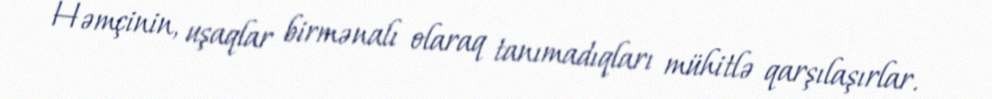
Həmçinin, uşaqlar birmənalı olaraq tanımadıqları mühitlə qarşılaşırlar.